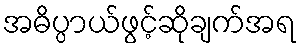
အဓိပ္ပာယ်ဖွင့်ဆိုချက်အရ